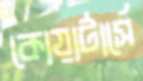
কোয়ার্টার্সে